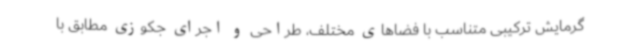
گرمایش ترکیبی متناسب با فضاهای مختلف، طراحی و اجرای جکوزی مطابق با